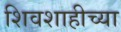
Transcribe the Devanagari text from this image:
शिवशाहीच्या